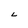
Character: L